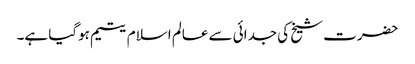
حضرت شیخ کی جدائی سے عالم اسلام یتیم ہوگیا ہے۔